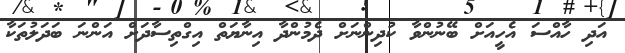
އަދި ހާއްސަ އެހީއަށް ބޭނުންވާ ކުދިންނަށް ދެމުންދާ އިނާޔަތް އިގްތިސާދަށް އަންނަ ބަދަލުތަކާ